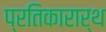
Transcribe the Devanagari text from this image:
प्रतिकारार्थ